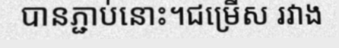
បានភ្ជាប់នោះ។ជម្រើស រវាង